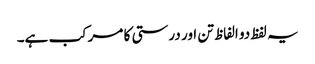
یہ لفظ دو الفاظ تن اور درستی کا مرکب ہے۔